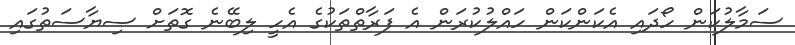
ސަމާލުކަން ހޯދައި އެކަންކަން ހައްލުކުރަން އެ ފަރާތްތަކުގެ އެހީ ލިބޭނެ ގޮތަށް ސިޔާސަތުގައި